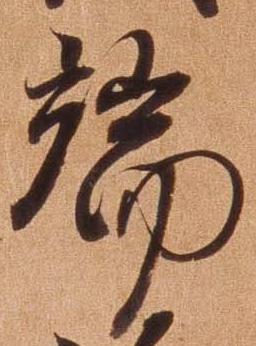
端